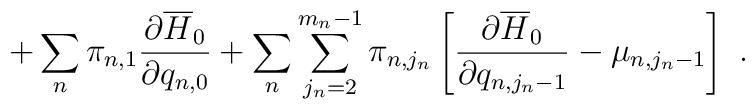
+\sum_n\pi_{n,1}\frac{\partial\overline{H}_0}{\partial q_{n,0}}+\sum_n\sum_{j_n=2}^{m_n-1}\pi_{n,j_n}\left[\frac{\partial\overline{H}_0}{\partial q_{n,j_n-1}}-\mu_{n,j_n-1}\right]\ .